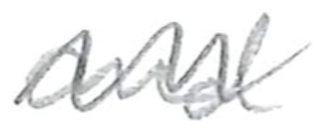
Text: and
Cross-out: zig-zag
Writing tool: pencil